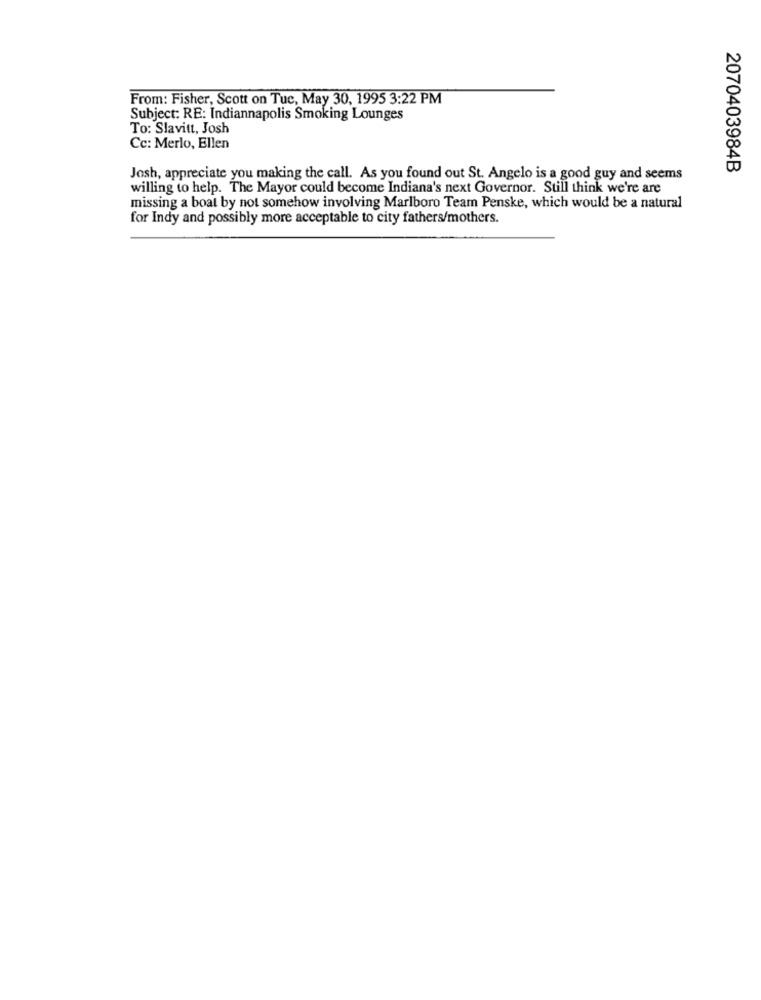
From: Fisher, Scott on Tue, May 30, 1995 3:22 PM
Subject: RE: Indiannapolis Smoking Lounges
To: Slavitt, Josh
Cc: Merlo, Ellen
2070403984B
Josh, appreciate you making the call. As you found out St. Angelo is a good guy and seems
willing to help. The Mayor could become Indiana's next Governor. Still think we're are
missing a boat by not somehow involving Marlboro Team Penske, which would be a natural
for Indy and possibly more acceptable to city fathers/mothers.